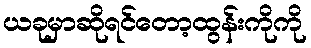
ယခုမှာဆိုရင်တော့ထွန်းကိုကို